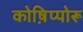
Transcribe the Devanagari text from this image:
कोष़िप्पोरू